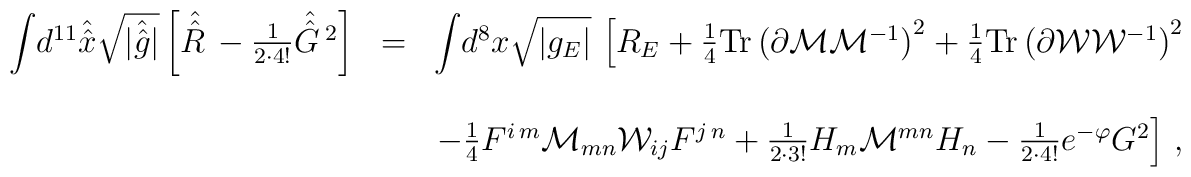
\begin{array}{rcl}{\displaystyle\int} d^{11} \hat{\hat{x}} \sqrt{|\hat{\hat{g}}|} \left[ \hat{\hat{R} \,} -\frac{1}{2 \cdot 4!}\hat{\hat{G}\,}{}^{2} \right]& = & {\displaystyle\int} d^{8}x \sqrt{|g_{E}|}\,\left[ R_{E} +\frac{1}{4}{\rm Tr}\left(\partial {\cal M}{\cal M}^{-1}\right)^{2}+\frac{1}{4}{\rm Tr}\left(\partial {\cal W}{\cal W}^{-1}\right)^{2} \right.\\& & \\& & \left.-\frac{1}{4}F^{i\, m}{\cal M}_{mn}{\cal W}_{ij} F^{j\, n}+\frac{1}{2\cdot 3!} H_{m}{\cal M}^{mn} H_{n}-\frac{1}{2\cdot 4!} e^{-\varphi} G^{2} \right]\, ,\\ \end{array}